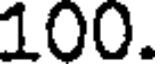
100.